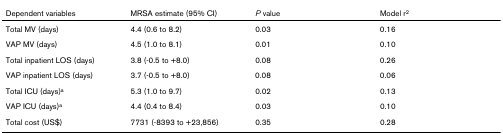
<table><thead><tr><td><b>Dependent variables</b></td><td><b>MRSA estimate (95% CI)</b></td><td><b><i>P </i>value</b></td><td><b>Model r<sup>2</sup></b></td></tr></thead><tbody><tr><td>Total MV (days)</td><td>4.4 (0.6 to 8.2)</td><td>0.03</td><td>0.16</td></tr><tr><td>VAP MV (days)</td><td>4.5 (1.0 to 8.1)</td><td>0.01</td><td>0.10</td></tr><tr><td>Total inpatient LOS (days)</td><td>3.8 (-0.5 to +8.0)</td><td>0.08</td><td>0.26</td></tr><tr><td>VAP inpatient LOS (days)</td><td>3.7 (-0.5 to +8.0)</td><td>0.08</td><td>0.06</td></tr><tr><td>Total ICU (days)<sup>a</sup></td><td>5.3 (1.0 to 9.7)</td><td>0.02</td><td>0.13</td></tr><tr><td>VAP ICU (days)<sup>a</sup></td><td>4.4 (0.4 to 8.4)</td><td>0.03</td><td>0.10</td></tr><tr><td>Total cost (US$)</td><td>7731 (-8393 to +23,856)</td><td>0.35</td><td>0.28</td></tr></tbody></table>